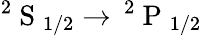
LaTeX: ^2\mathrm{~S~}_{1/2}\rightarrow\, ^{2}\mathrm{~P~}_{1/2}